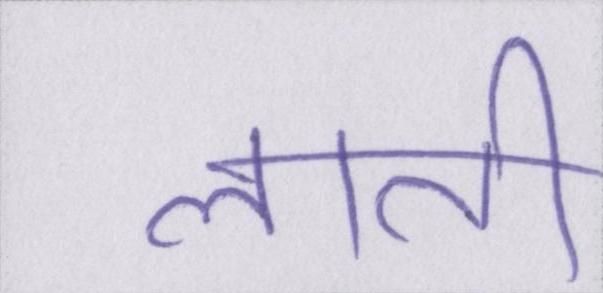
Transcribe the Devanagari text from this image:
लाती